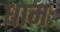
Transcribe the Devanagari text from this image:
धामः